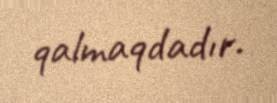
qalmaqdadır.